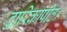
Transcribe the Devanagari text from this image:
द्वारिकापीठ।